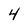
Character: 4